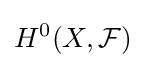
H^{0}(X,{\mathcal {F}})